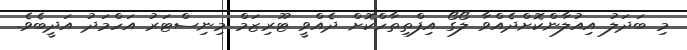
މި ބަދަލު އިއުލާންކޮށްދެއްވާ ލޯގޯ އިފްތިތާހްކޮށް ދެއްވީ ޓޫރިޒަމް މިނިސްޓަރު އަހްމަދު އަދީބެވެ.